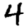
Digit: 4